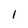
Character: I